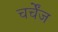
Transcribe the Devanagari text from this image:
चर्चेंज